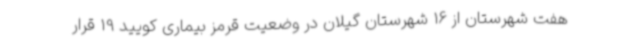
هفت شهرستان از 16 شهرستان گیلان در وضعیت قرمز بیماری کویید 19 قرار